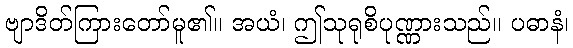
ဗျာဒိတ်ကြားတော်မူ၏။ အယံ၊ ဤသုရုစိပုဏ္ဏားသည်။ ပဓာနံ၊